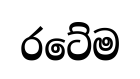
රටේම